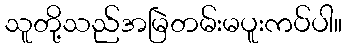
သူတို့သည်အမြဲတမ်းမပူးကပ်ပါ။